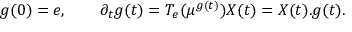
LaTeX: g ( 0 ) = e , \qquad \partial _ { t } g ( t ) = T _ { e } ( \mu ^ { g ( t ) } ) X ( t ) = X ( t ) . g ( t ) .